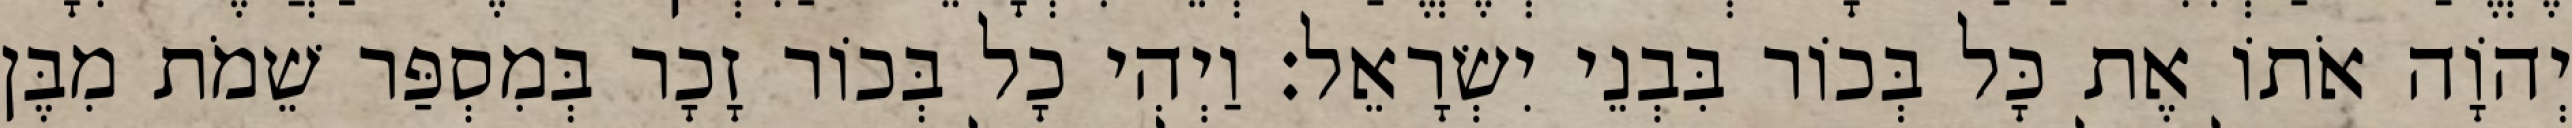
יְהוָֹה אֹתוֹ אֶת כָּל בְּכוֹר בִּבְנֵי יִשְׂרָאֵל׃ וַיְהִי כָל בְּכוֹר זָכָר בְּמִסְפַּר שֵׁמֹת מִבֶּן